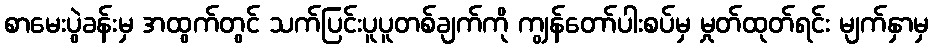
စာမေးပွဲခန်းမှ အထွက်တွင် သက်ပြင်းပူပူတစ်ချက်ကို ကျွန်တော်ပါးစပ်မှ မှုတ်ထုတ်ရင်း မျက်နှာမှ